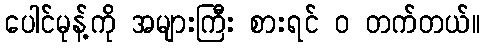
ပေါင်မုန့်ကို အများကြီး စားရင် ဝ တက်တယ်။